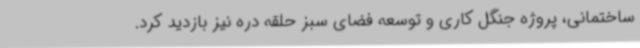
ساختمانی، پروژه جنگل کاری و توسعه فضای سبز حلقه دره نیز بازدید کرد.